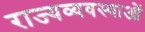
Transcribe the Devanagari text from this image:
राज्यव्यवस्थाओं